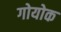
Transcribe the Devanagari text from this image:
गोयोक